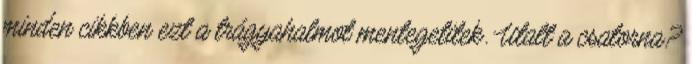
minden cikkben ezt a trágyahalmot mentegetitek. Utalt a csatorna?